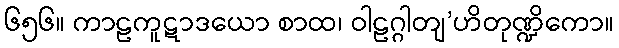
၆၅၆။ ကာဠကူဋာဒယော စာထ၊ ဝါဠဂ္ဂါတျ’ဟိတုဏ္ဍိကော။